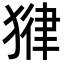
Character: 𪻃